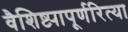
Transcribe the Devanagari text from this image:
वैशिष्ट्यापूर्णरित्या